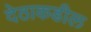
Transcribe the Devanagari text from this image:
देठाकडील